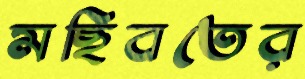
মছিবতের